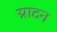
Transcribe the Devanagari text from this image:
ग्राटन